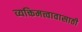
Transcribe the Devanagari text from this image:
व्यक्तिमत्त्वावासाठी